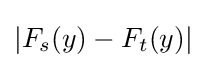
|F_{s}(y)-F_{t}(y)|